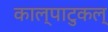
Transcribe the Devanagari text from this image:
काल्पाटुकल्